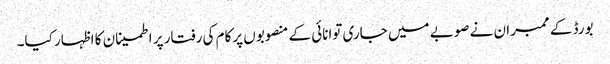
بورڈ کے ممبران نے صوبے میں جاری توانائی کے منصوبوں پرکام کی رفتار پر اطمینان کا اظہار کیا۔